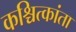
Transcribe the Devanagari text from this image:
कश्चित्कांता